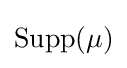
\operatorname {Supp} (\mu )